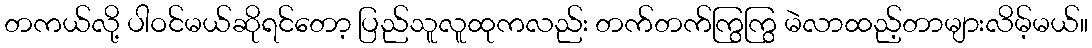
တကယ်လို့ ပါဝင်မယ်ဆိုရင်တော့ ပြည်သူလူထုကလည်း တက်တက်ကြွကြွ မဲလာထည့်တာများလိမ့်မယ်။